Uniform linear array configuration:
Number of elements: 4
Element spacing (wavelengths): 0.75
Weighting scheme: cosine
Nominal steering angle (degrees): -15
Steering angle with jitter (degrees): -13.908
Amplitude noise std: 0.05
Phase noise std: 0.05

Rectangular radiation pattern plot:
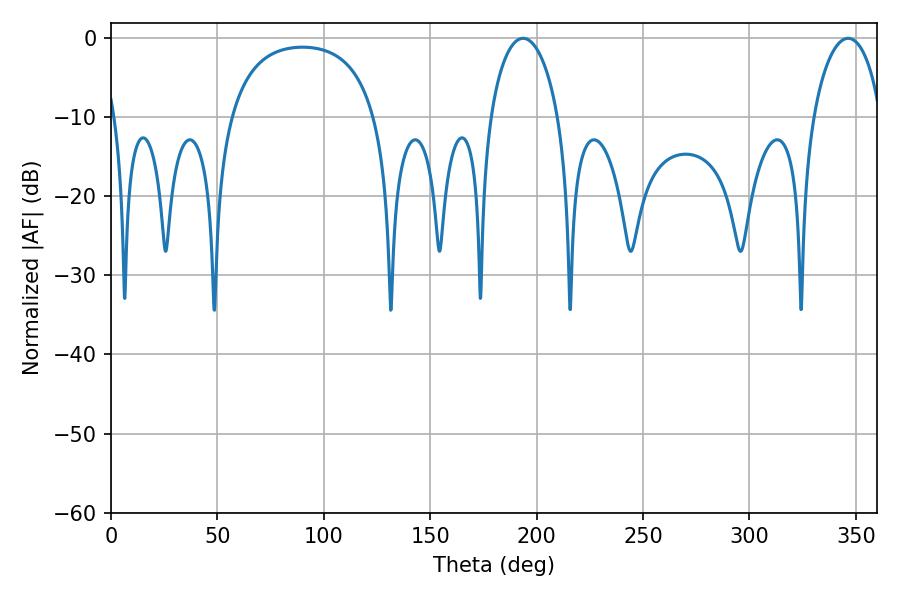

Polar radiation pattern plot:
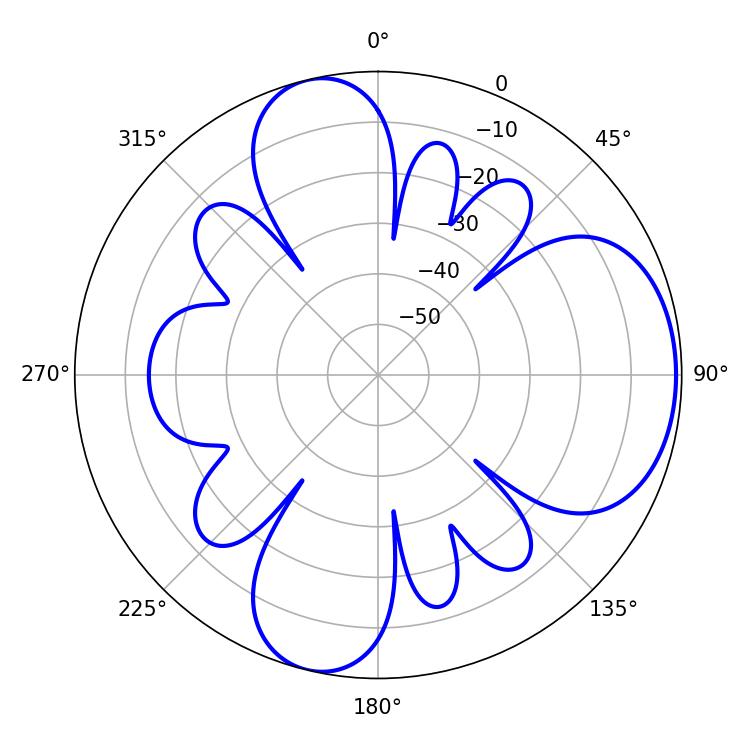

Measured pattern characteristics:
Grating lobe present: TRUE
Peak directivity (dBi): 6.804
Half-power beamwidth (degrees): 18.36
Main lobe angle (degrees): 193.68